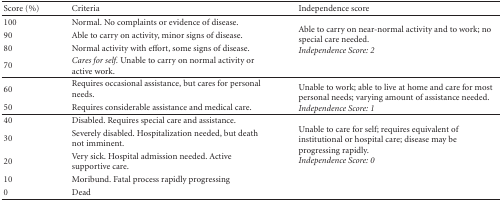
<table><thead><tr><td><b>Score (%)</b></td><td><b>Criteria</b></td><td><b>Independence score</b></td></tr></thead><tbody><tr><td>100</td><td>Normal. No complaints or evidence of disease.</td><td rowspan="4">Able to carry on near-normal activity and to work; no special care needed.<i>Independence Score: 2 </i></td></tr><tr><td>90</td><td>Able to carry on activity, minor signs of disease.</td></tr><tr><td>80</td><td>Normal activity with effort, some signs of disease.</td></tr><tr><td>70</td><td><i>Cares for self.</i> Unable to carry on normal activity or active work.</td></tr><tr><td>60</td><td>Requires occasional assistance, but cares for personal needs.</td><td rowspan="2">Unable to work; able to live at home and care for most personal needs; varying amount of assistance needed. <i>Independence Score: 1 </i></td></tr><tr><td>50</td><td>Requires considerable assistance and medical care.</td></tr><tr><td>40</td><td>Disabled. Requires special care and assistance.</td><td rowspan="5">Unable to care for self; requires equivalent of institutional or hospital care; disease may be progressing rapidly. <i>Independence Score: 0 </i></td></tr><tr><td>30</td><td>Severely disabled. Hospitalization needed, but death not imminent.</td></tr><tr><td>20</td><td>Very sick. Hospital admission needed. Active supportive care.</td></tr><tr><td>10</td><td>Moribund. Fatal process rapidly progressing</td></tr><tr><td>0</td><td>Dead</td></tr></tbody></table>